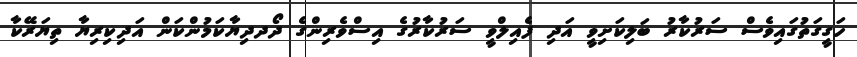
ހަގީގަތުގައިވެސް ސަރުކާރު ބަލިކަށިވީ އަދި ފެއިލްވީ ސަރުކާރުގެ އިސްވެރިންގެ ދޯދދިޔާކަމުންކަން އަދިކިރިޔާ ތިޔަރޭކާ